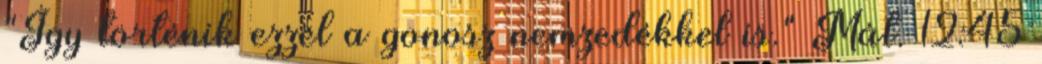
"Így történik ezzel a gonosz nemzedékkel is." Mát. 12:45